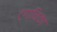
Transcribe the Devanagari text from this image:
टंगानिका